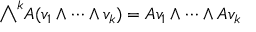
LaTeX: { \textstyle \bigwedge } ^ { k } A ( v _ { 1 } \wedge \cdots \wedge v _ { k } ) = A v _ { 1 } \wedge \cdots \wedge A v _ { k }